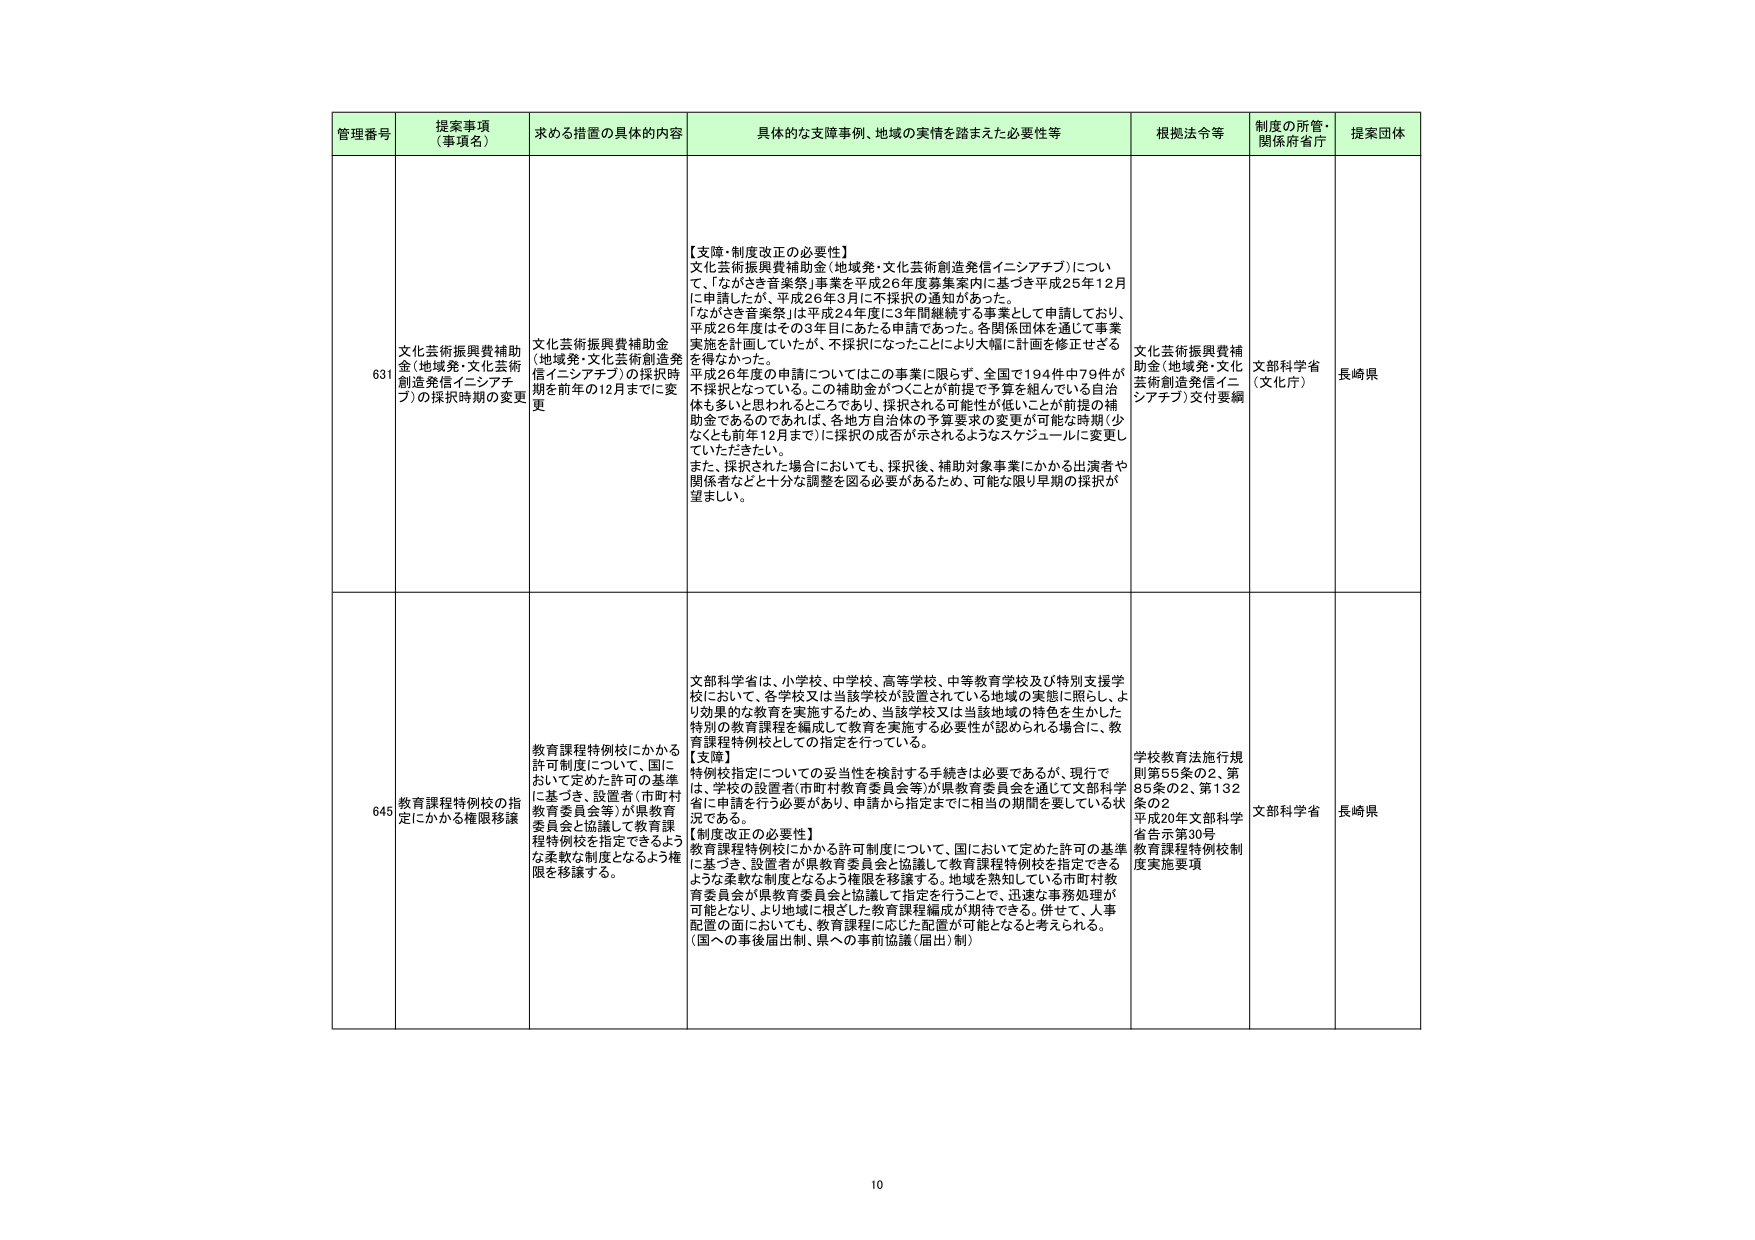
管理番号 提案事項（事項名） 求める措置の具体的内容 具体的な支障事例、地域の実情を踏まえた必要性等 根拠法令等 制度の所管・関係府省庁 提案団体

631 文化芸術振興費補助金（地域発・文化芸術創造発信イニシアチブ）の採択時期の変更 文化芸術振興費補助金（地域発・文化芸術創造発信イニシアチブ）の採択時期を前年の12月までに変更 【支障・制度改正の必要性】 文化芸術振興費補助金（地域発・文化芸術創造発信イニシアチブ）について、「ながさき音楽祭」事業を平成26年度募集案内に基づき平成25年12月に申請したが、平成26年3月に不採択の通知があった。 「ながさき音楽祭」は平成24年度に3年間継続する事業として申請しており、平成26年度はその3年目にある申請であった。各関係団体を通じて事業実施を計画していたが、不採択になったことにより大幅に計画を修正せざるを得なかった。 平成26年度の申請についてはこの事業に限らず、全国で194件中79件が不採択となっている。この補助金がつくるが前提で予算を組んでいる自治体も多いと思われるところであり、採択される可能性が低いことが前提の補助金であるのであれば、各地方自治体の予算要求の変更が可能な時期（少なくとも前年12月まで）に採択の成否が示されるようなスケジュールに変更していただきたい。 また、採択された場合においても、採択後、補助対象事業にかかる出演者や関係者などと十分な調整を図る必要があるため、可能な限り早期の採択が望ましい。 文化芸術振興費補助金（地域発・文化芸術創造発信イニシアチブ）交付要綱 文部科学省（文化庁） 長崎県

645 教育課程特例校の指定にかかる権限移譲 教育課程特例校にかかる許可制度について、国において定めた許可の基準に基づき、設置者（市町村教育委員会等）が県教育委員会と協議して教育課程特例校を指定できるような柔軟な制度となるよう権限を移譲する。 文部科学省は、小学校、中学校、高等学校、中等教育学校及び特別支援学校において、各学校又は当該学校が設置されている地域の実態に照らし、より効果的な教育を実施するため、当該学校又は当該地域の特色を生かした特別の教育課程を編成して教育を実施する必要性が認められる場合に、教育課程特例校としての指定を行っている。 【支障】 特例校指定についての妥当性を検討する手続きは必要であるが、現行では、学校の設置者（市町村教育委員会等）が県教育委員会を通じて文部科学省に申請を行う必要があり、申請から指定までに相当の期間を要している状況である。 【制度改正の必要性】 教育課程特例校にかかる許可制度について、国において定めた許可の基準に基づき、設置者が県教育委員会と協議して教育課程特例校を指定できるような柔軟な制度となるよう権限を移譲する。地域を熟知している市町村教育委員会が県教育委員会と協議して指定を行うことで、迅速な事務処理が可能となり、より地域に根ざした教育課程編成が期待できる。併せて、人事配置の面においても、教育課程に応じた配置が可能となると考えられる。（国への事後届出制、県への事前協議（届出）制） 学校教育法施行規則第55条の2、第85条の2、第132条の2 平成20年文部科学省告示第30号 教育課程特例校制度実施要項 文部科学省 長崎県

10